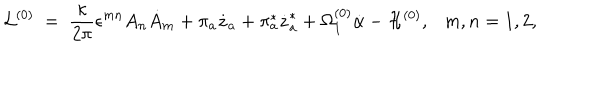
{ \cal L } ^ { ( 0 ) } ~ = ~ \frac { \kappa } { 2 \pi } \epsilon ^ { m n } A _ { n } \dot { A } _ { m } + \pi _ { a } \dot { z } _ { a } + \pi _ { a } ^ { * } \dot { z } _ { a } ^ { * } + \Omega _ { 1 } ^ { ( 0 ) } \dot { \alpha } - { \cal H } ^ { ( 0 ) } , m , n = 1 , 2 ,